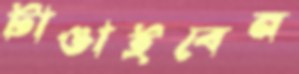
টাঙাইবেন